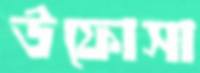
উফোসা